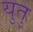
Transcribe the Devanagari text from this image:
युतु